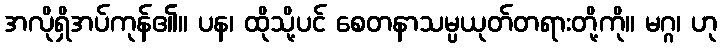
အလိုရှိအပ်ကုန်၏။ ပန၊ ထိုသို့ပင် စေတနာသမ္ပယုတ်တရားတို့ကို။ မဂ္ဂ၊ ဟု